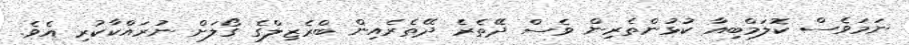
ނަމަވެސް ކޮލަމްބިއާ ކުޅުންތެރިން ވެސް ދޭތެރެ ދޭތެރެއިން ބްރެޒިލްގެ ގޯލަށް ނުރައްކާކުރި އެވެ.